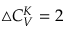
\bigtriangleup C _ { V } ^ { K } = 2